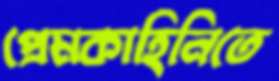
প্রেমকাহিনিতে